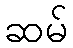
ဆမ်